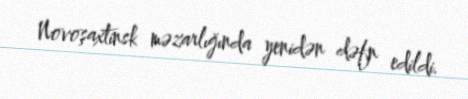
Novoşaxtinsk məzarlığında yenidən dəfn edildi.